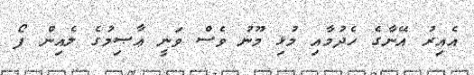
އެއިރު އޭނާގެ ހެދުމާއި މުޅި މޫނު ވެސް ވަނީ ޢާޞިމުގެ ލެއިން ފޯ